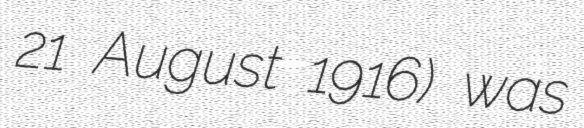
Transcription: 21 August 1916) was